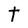
Character: t